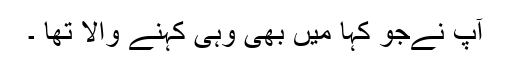
آپ نےجو کہا میں بھی وہی کہنے والا تھا ۔